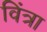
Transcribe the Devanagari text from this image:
विंत्रा